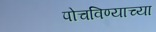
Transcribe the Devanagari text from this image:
पोचविण्याच्या